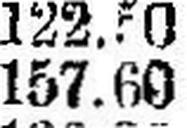
157.60